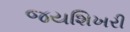
જયશિખરી